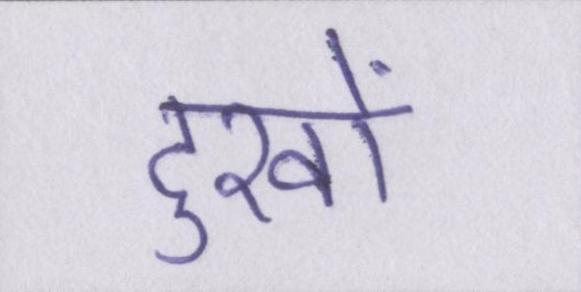
दुखों